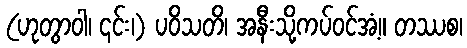
(ဟုတွာဝါ၊ ၎င်း၊) ပဝိသတိ၊ အနီးသို့ကပ်ဝင်အံ့။ တဿစ၊